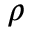
{ \boldsymbol \rho }